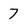
Character: 7